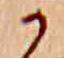
か